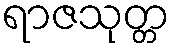
ရာဇသုတ္တ